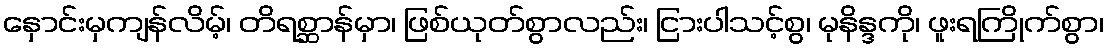
နှောင်းမှကျန်လိမ့်၊ တိရစ္ဆာန်မှာ၊ ဖြစ်ယုတ်စွာလည်း၊ ငြားပါသင့်စွ၊ မုနိန္ဒကို၊ ဖူးရကြိုက်စွာ၊